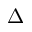
\Delta